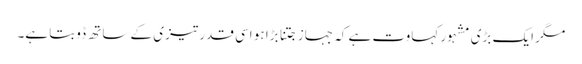
مگر ایک بڑی مشہور کہاوت ہے کہ جہاز جتنا بڑا ہو اسی قدر تیزی کے ساتھ ڈوبتا ہے۔